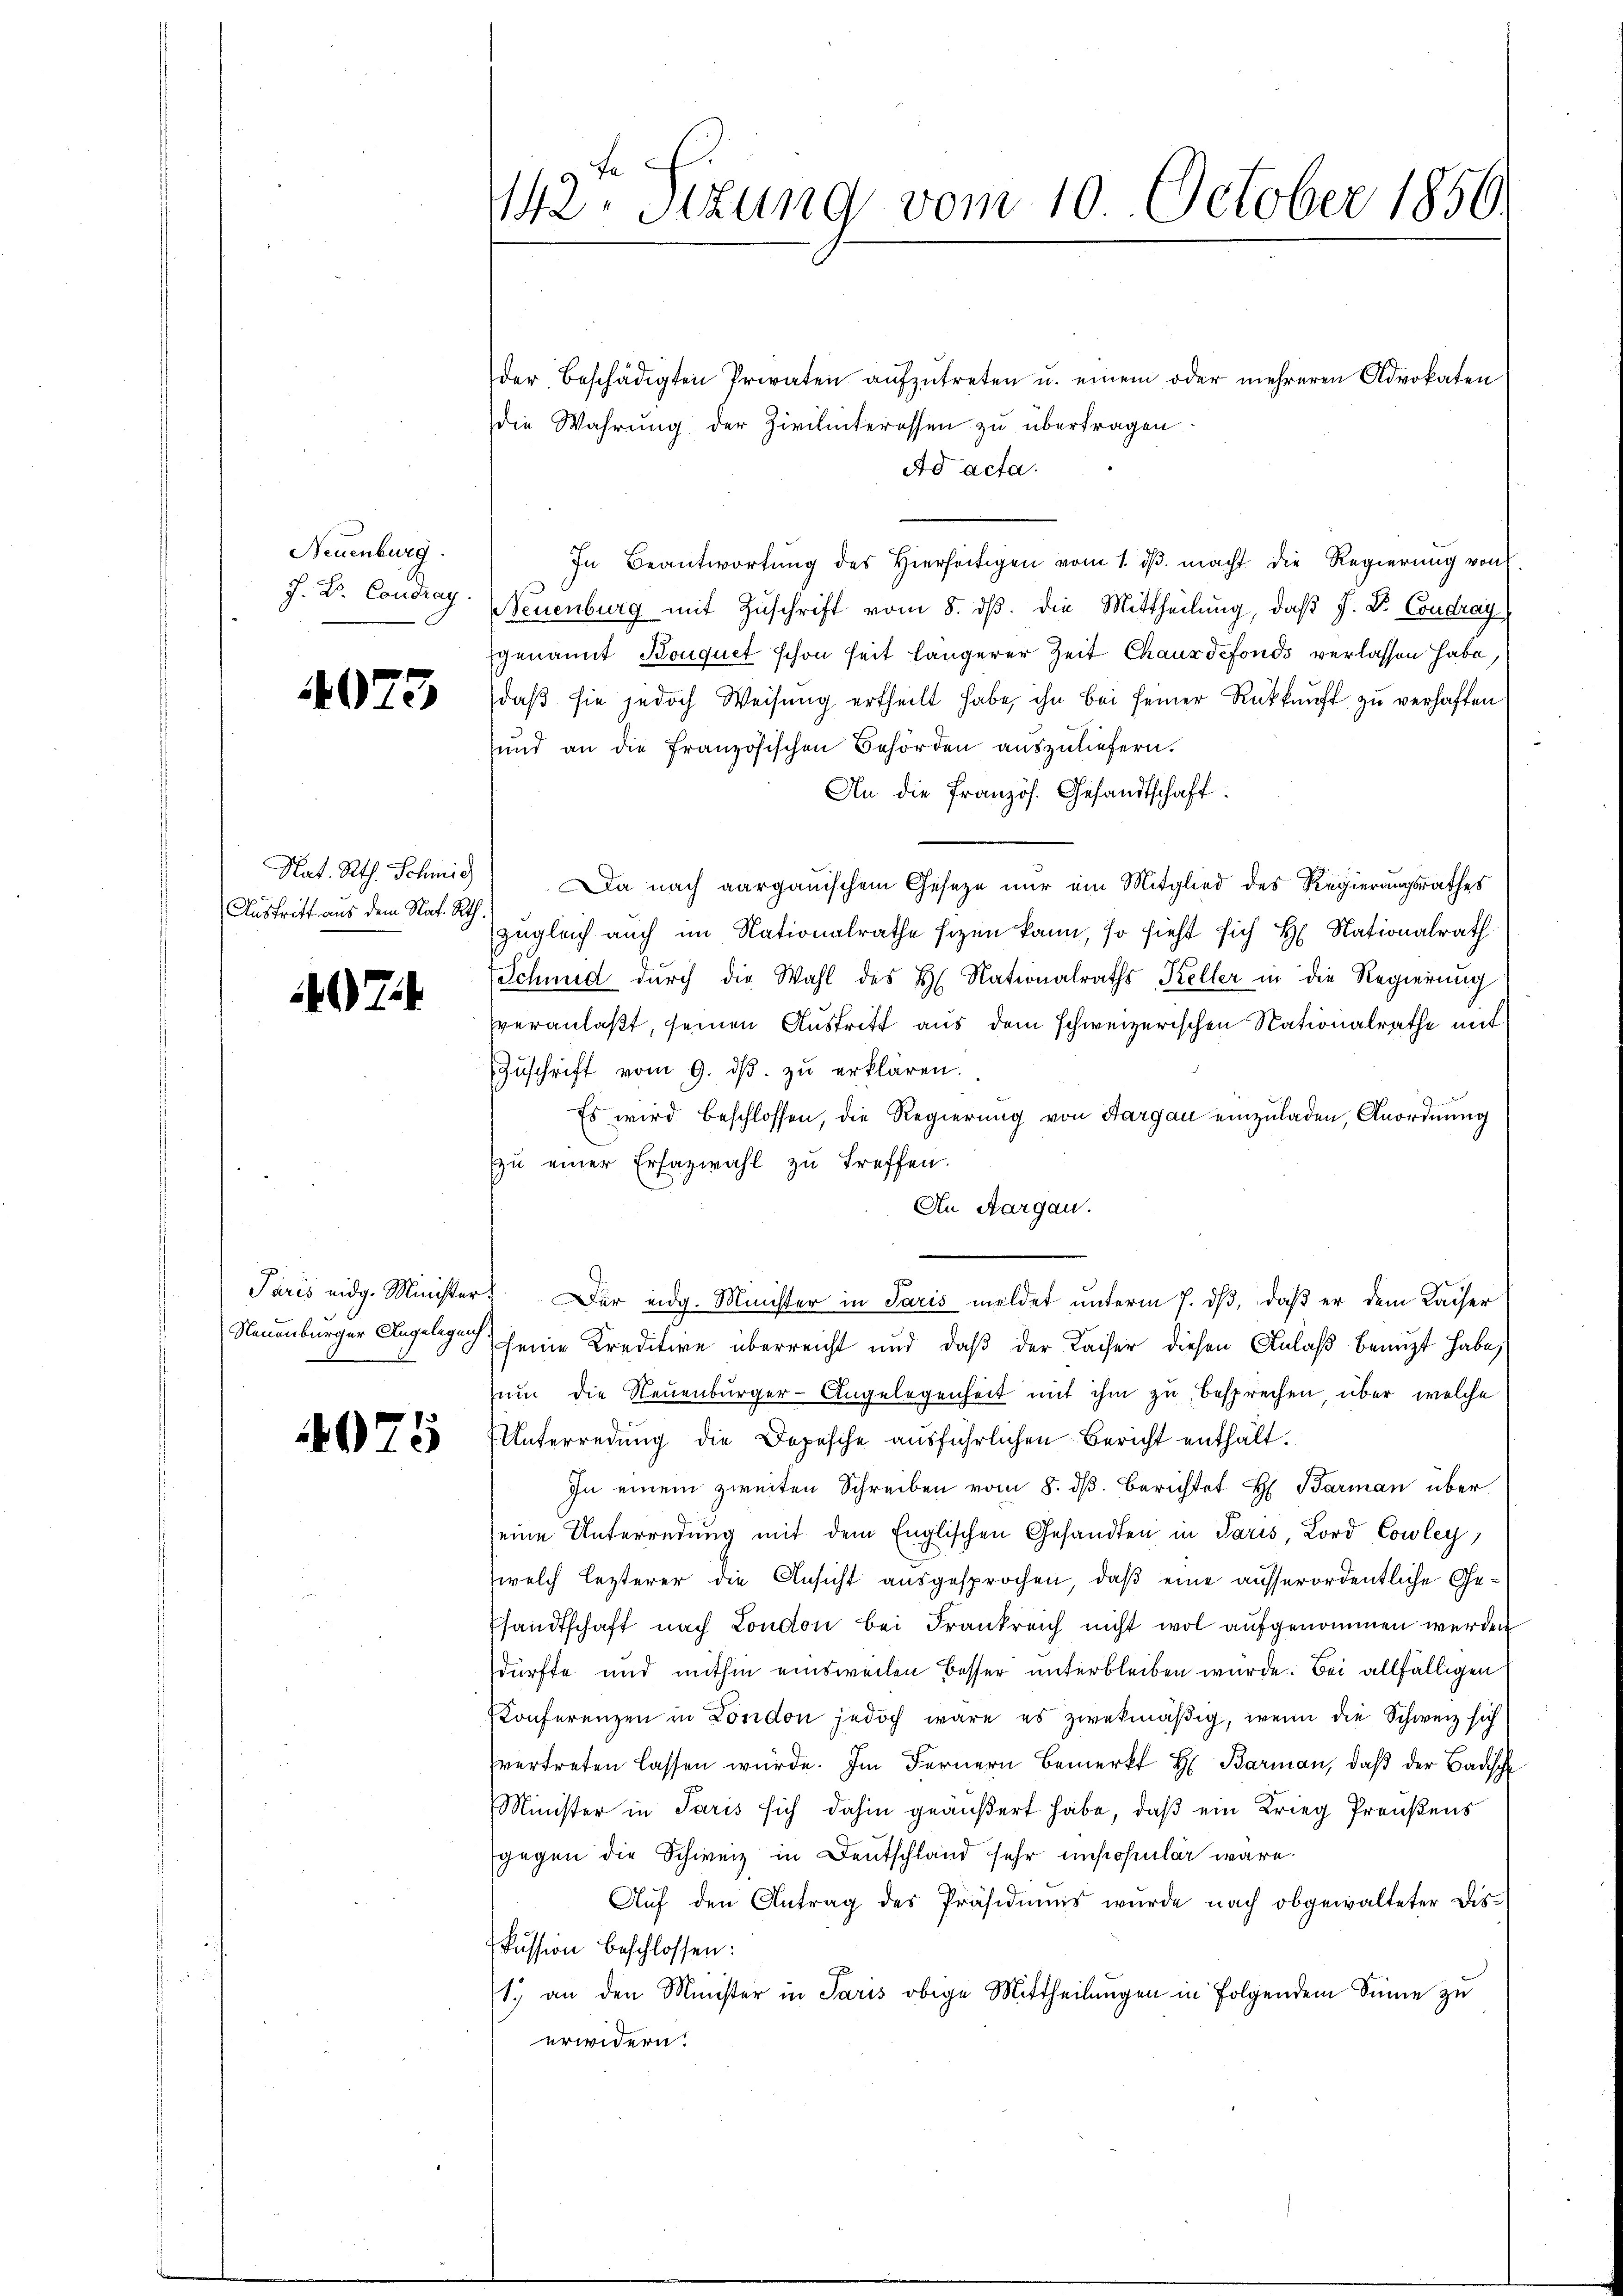
Neuenburg.

4073

Austritt aus dem Nat. Rth.

407

4075

der beschädigten Privaten aŭfzŭtreten u. einem oder mehreren Advokaten
die Wahrung der Zivilinteressen zu übertragen.
Ad acta.
In Beantwortŭng des hierseitigen vom 1. dβ macht die Regierŭng von
J. B. Condray. Neuenburg mit Zuschrift vom 8. ds. die Mittheilung, daß J. Dr. Condray
genannt Kouquet schon seit längerer Zeit Chauxdefonds verlassen habe,
daß sie jedoch Weisung ertheilt habe, ihn bei seiner Rückkunft zu verhaften
und an die Französischen Behörden auszuliefern.
An die Französ. Gesandtschaft
Nat. Rth. Schmid) Da nach aargauischem Geseze nur ein Mitglied des Regierungsrathes
zugleich auch im Nationalrathe sizen kann, so sieht sich H. Nationalrath
Schmid durch die Wahl des H. Nationalraths, Keller in die Regierung
veranlaßt, seinen Austritt aus dem schweizerischen Nationalrathe mit¬
Zŭschrift vom 9. dβ zŭ erklären.
Es wird beschlossen, die Regierung von Aargau einzuladen, Anordnung
zŭ einer Erfazwahl zu treffen.
An Aargau.
7
Paris eidg. Minister. Der eidg. Minister in Paris meldet unterm 7. dβ, daß er dem Kaiser
Neuenburger Angelegen seine Kreditire überreicht und daß der Kaiser diesen Anlaß benuzt habe,
zum die Neuenburger-Angelegenheit mit ihm zu besprechen, über welche
Unterredung die Depesche ausführlichen Bericht enthält.
In einem zweiten Schreiben vom 8. ds. berichtet H. Barman über
eine Unterredung mit dem Englischen Gesandten in Paris, Lord Cowley,
welch lezterer die Ansicht ausgesprochen, daß eine ausserordentliche Gesandtschaft nach London bei Frankreich nicht wol aufgenommen werden
dürfte und mithin einsweilen Besser unterbleiben wurde. Bei allfälligen
Konferenzen in London jedoch wäre es zwekmäβig, wenn die Schweiz sich
vertreten lassen würde. Im Fernern Bemerkt H: Barman, daß der Badisch
Minister in Paris sich dahin geäußert habe, daß ein Krieg Preußens
gegen die Schweiz in Deutschland sehr insohmular wäre.
Aŭf den Antrag des Präsidiums wurde nach obgewalteter Dis-
kussion beschlossen:
1.) an den Minister in Paris obige Mittheilungen in folgendem Sinne zu
erwidern.

142. Sitzung vom 10. October 1856.